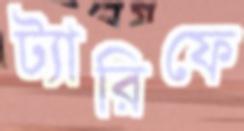
ট্যারিফে